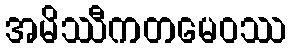
အမိဿီကတမေဝဿ